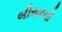
બીયરનો